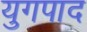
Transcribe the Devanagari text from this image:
युगपाद